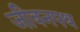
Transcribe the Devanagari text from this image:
जीवनपथ